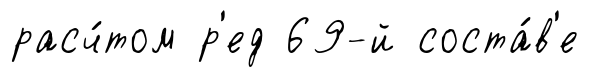
расч́том р'ед 69-й соста́в'е